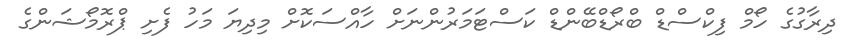
ދިރާގުގެ ހޯމް ފިކްސްޑް ބްރޯޑްބޭންޑް ކަސްޓަމަރުންނަށް ހާއްސަކޮށް މިދިޔަ މަހު ފެށި ޕްރޮމޯޝަންގެ